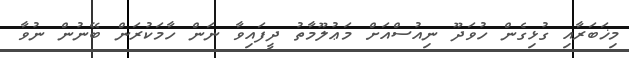
މިޚަބަރާއި ގުޅިގެން ހުވަދޫ ނިއުސްއަށް މަޢުލޫމާތު ދީފައިވާ ނަން ހާމަކުރަން ބޭނުން ނުވާ